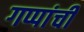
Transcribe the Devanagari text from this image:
गप्पांची